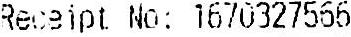
RECEIPT NO: 1670327566